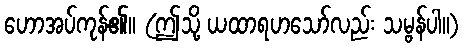
ဟောအပ်ကုန်၏။ (ဤသို့ ယထာရဟသော်လည်း သမ္ဗန်ပါ။)